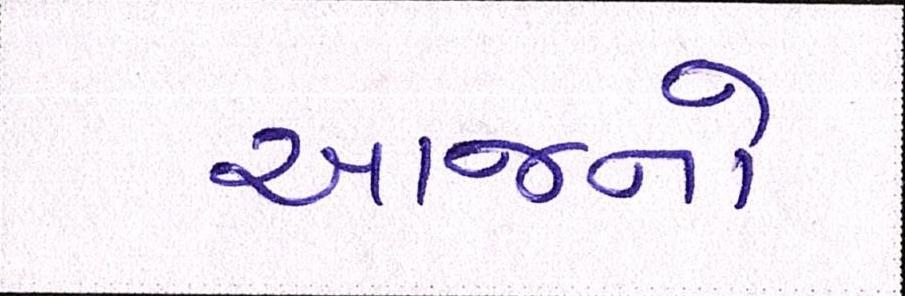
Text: આજનો